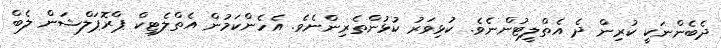
ދެބެންނަކީ ކުރިން ދެ އެތްލީޓުންނެވެ. ކުޅިވަރު ކުޅުންތެރިންނެވެ. އެހެންކަމުން އެތްލެޓިކް ޕްރޮޕަލްޝަން ލެބް